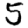
Digit: 5